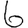
Digit: 6